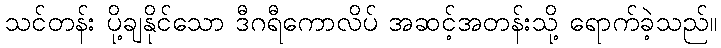
သင်တန်း ပို့ချနိုင်သော ဒီဂရီကောလိပ် အဆင့်အတန်းသို့ ရောက်ခဲ့သည်။